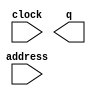
module titles_count (
	address,
	clock,
	q);

	input	[13:0]  address;
	input	  clock;
	output	[3:0]  q;
`ifndef ALTERA_RESERVED_QIS
// synopsys translate_off
`endif
	tri1	  clock;
`ifndef ALTERA_RESERVED_QIS
// synopsys translate_on
`endif

endmodule